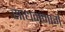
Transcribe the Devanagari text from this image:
साधनमार्ग